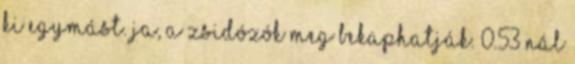
ki egymást. Ja, a zsidózók meg bekaphatják. 0.53 nál